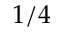
1 / 4